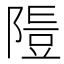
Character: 𨻭